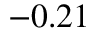
- 0 . 2 1